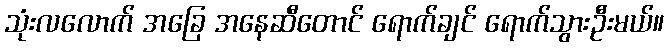
သုံးလလောက် အခြေ အနေဆီတောင် ရောက်ချင် ရောက်သွားဦးမယ်။